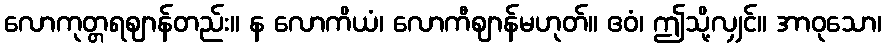
လောကုတ္တရဈာန်တည်း။ န လောကိယံ၊ လောကီဈာန်မဟုတ်။ ဧဝံ၊ ဤသို့လျှင်။ အာဝုသော၊